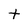
Character: t